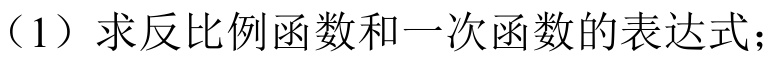
（1）求反比例函数和一次函数的表达式；